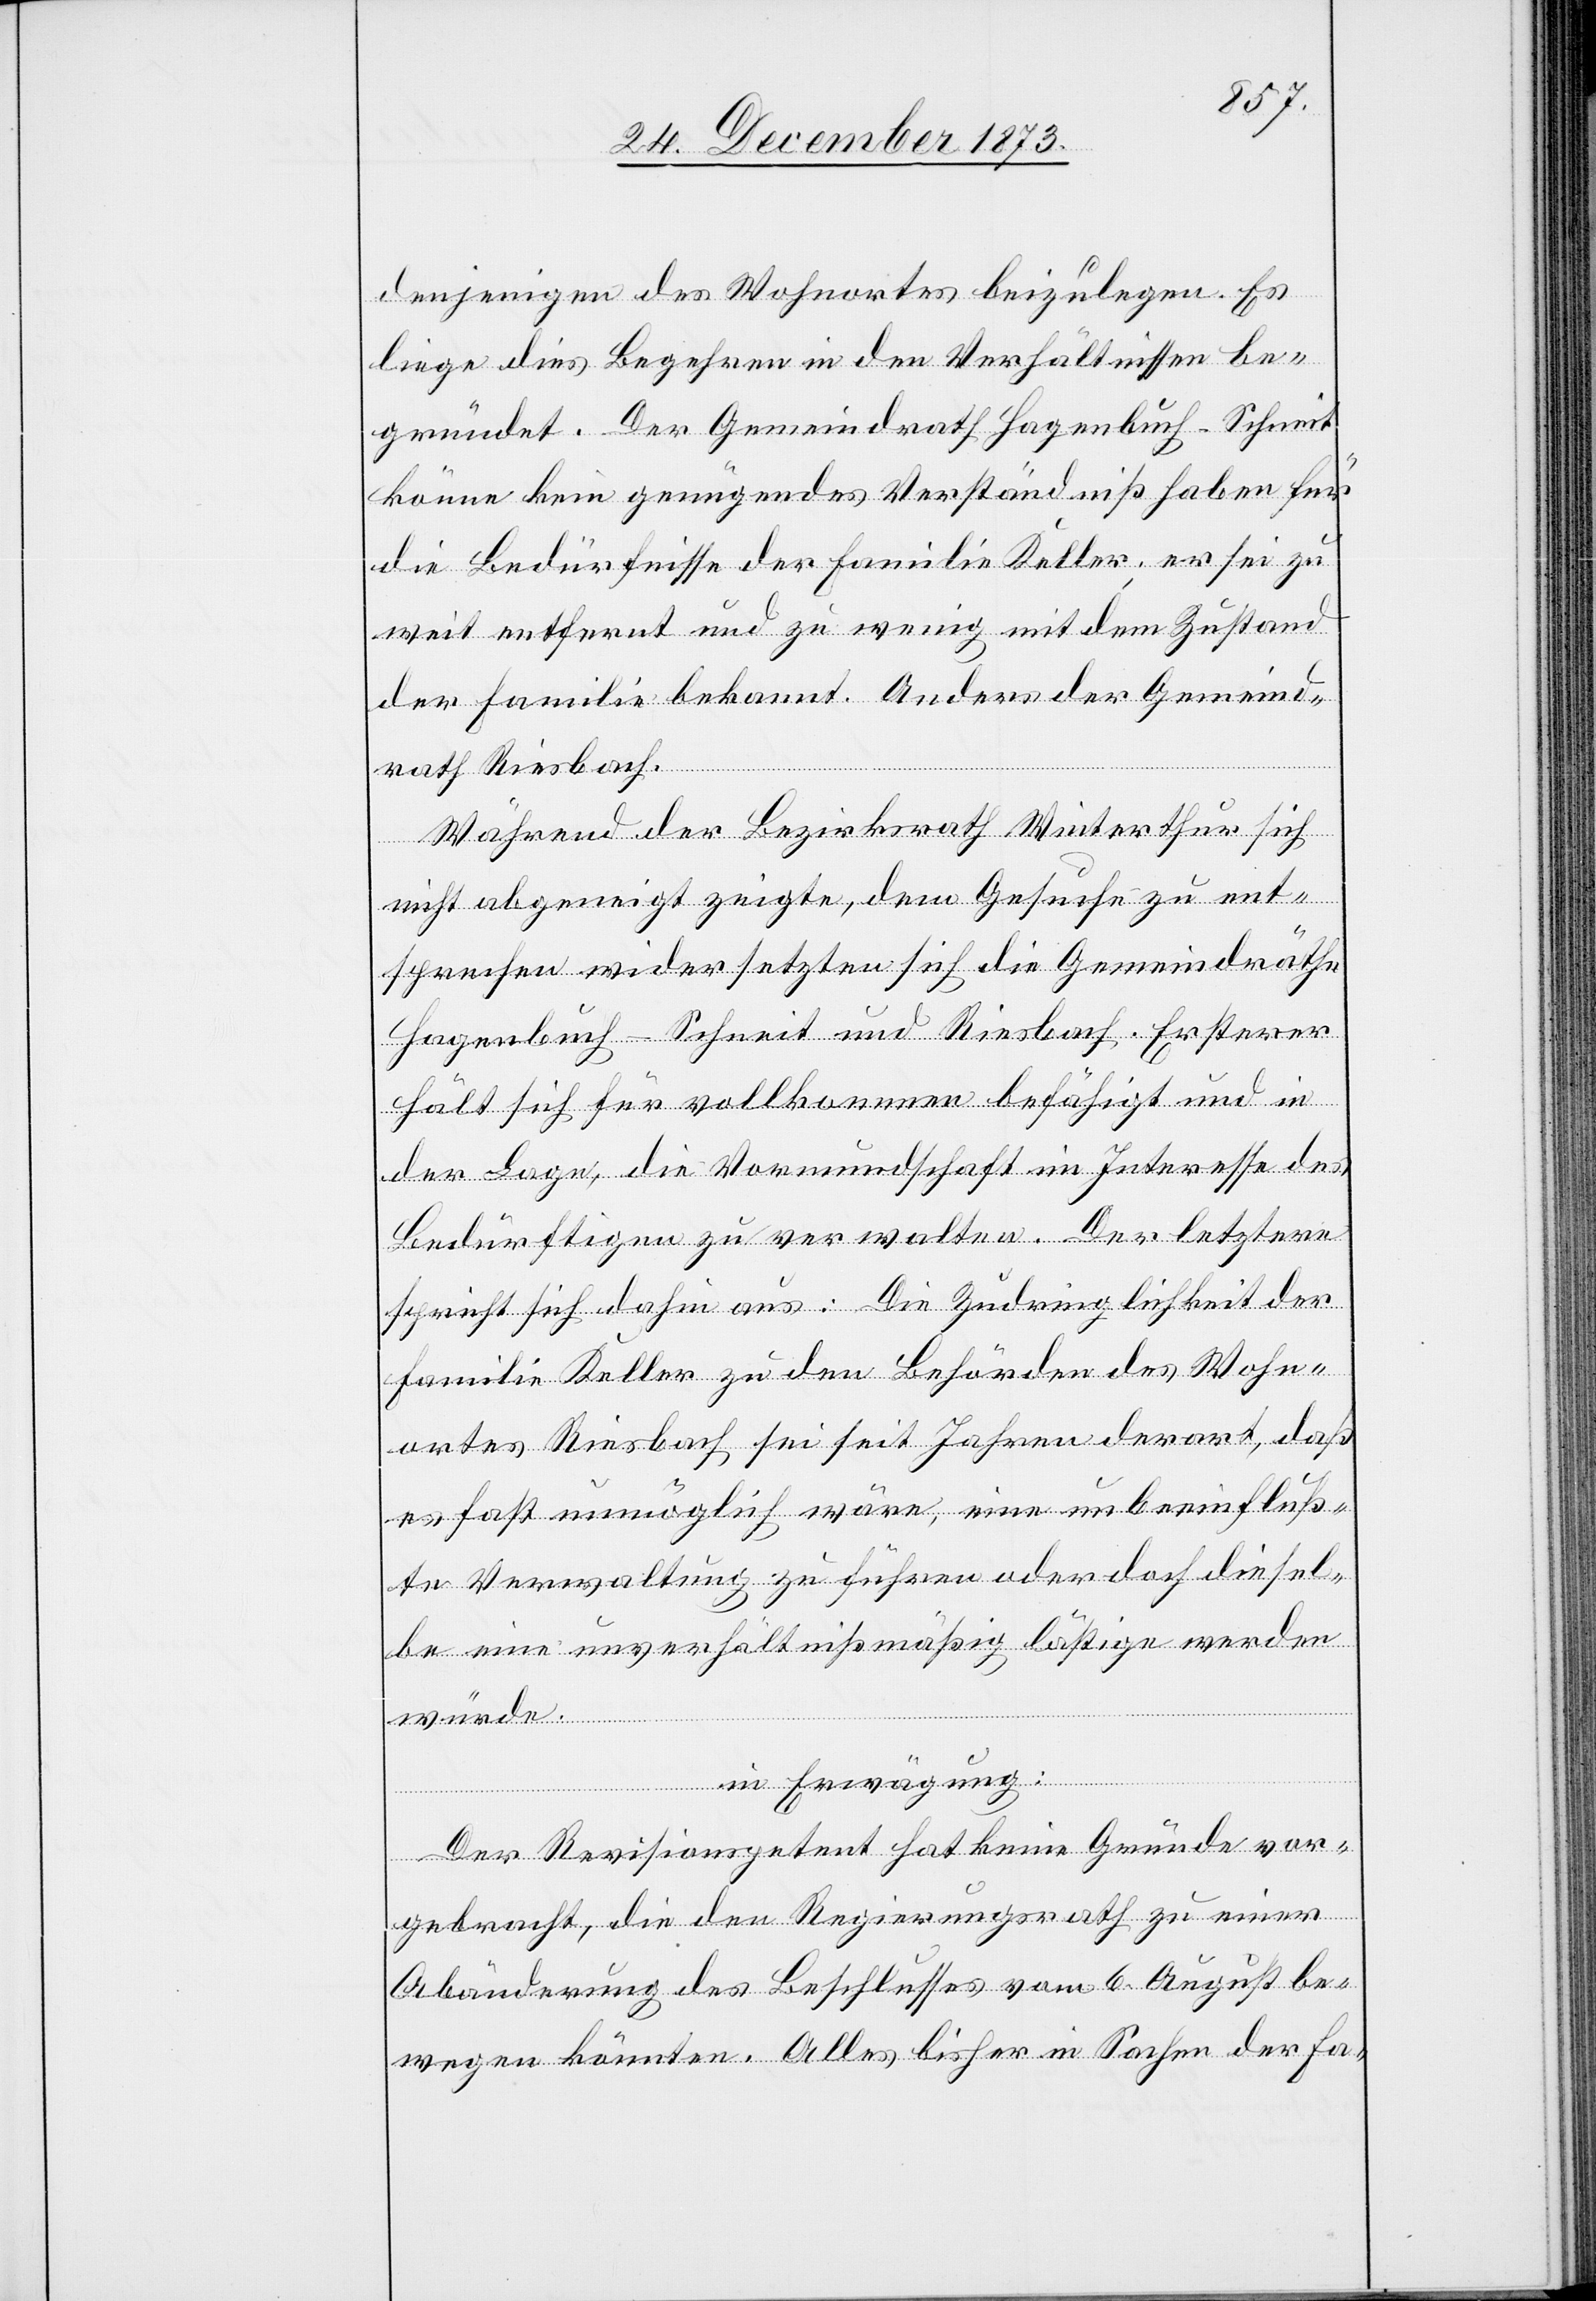
denjenigen des Wohnortes beizulegen. Es
liege dies Begehren in den Verhältnissen be¬
gründet. Der Gemeindrath Hagenbuch-Schneit
könne kein genügendes Verständniß haben für
die Bedürfnisse der Familie Keller; er sei zu
weit entfernt und zu wenig mit dem Zustand
der Familie bekannt. Anders der Gemeind¬
rath Riesbach.
Während der Bezirksrath Winterthur sich
nicht abgeneigt zeigte, dem Gesuche zu ent¬
sprechen widersetzten sich die Gemeindräthe
Hagenbuch-Schneit und Riesbach. Ersterer
hält sich für vollkommen befähigt und in
der Lage, die Vormundschaft im Interesse des
Bedürftigen zu verwalten. Der letztere
spricht sich dahin aus: Die Zudringlichkeit der
Familie Keller zu den Behörden des Wohn¬
ortes Riesbach sei seit Jahren derart, daß
es fast unmöglich wäre, eine unbeeinfluß¬
te Verwaltung zu führen oder doch diesel¬
be eine unverhältnißmäßig lästige werden
würde.
in Erwägung:
Der Revisionspetent hat keine Gründe vor¬
gebracht, die den Regierungsrath zu einer
Abänderung des Beschlusses vom 6. August be¬
wegen könnten. Alles bisher in Sachen der Fa-